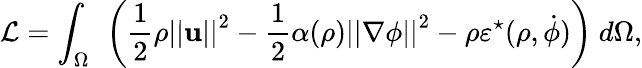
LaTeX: \mathcal{L}=\int_{\Omega}\ \left(\frac{1}{2}\rho\left\vert\left\vert\mathbf{u}\right\vert\right\vert^{2}-\frac{1}{2}\alpha(\rho)\left\vert\left\vert\nabla\phi\right\vert\right\vert^{2}-\rho\varepsilon^{\star}(\rho,\dot{\phi})\right)\ d\Omega,